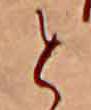
と